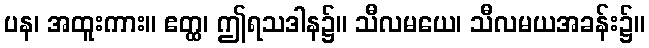
ပန၊ အထူးကား။ ဧတ္ထ၊ ဤရသဒါန၌။ သီလမယေ၊ သီလမယအခန်း၌။